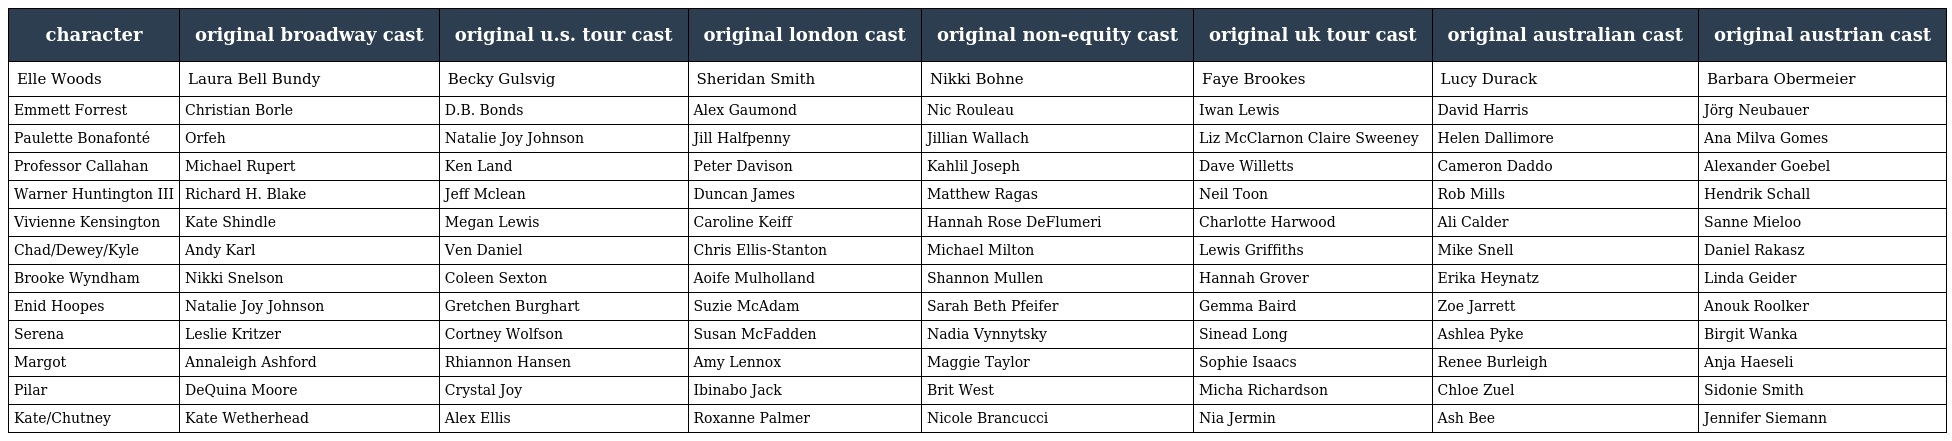
| character | original broadway cast | original u.s. tour cast | original london cast | original non-equity cast | original uk tour cast | original australian cast | original austrian cast |
 | --- | --- | --- | --- | --- | --- | --- | --- |
 | Elle Woods | Laura Bell Bundy | Becky Gulsvig | Sheridan Smith | Nikki Bohne | Faye Brookes | Lucy Durack | Barbara Obermeier |
 | Emmett Forrest | Christian Borle | D.B. Bonds | Alex Gaumond | Nic Rouleau | Iwan Lewis | David Harris | Jörg Neubauer |
 | Paulette Bonafonté | Orfeh | Natalie Joy Johnson | Jill Halfpenny | Jillian Wallach | Liz McClarnon Claire Sweeney | Helen Dallimore | Ana Milva Gomes |
 | Professor Callahan | Michael Rupert | Ken Land | Peter Davison | Kahlil Joseph | Dave Willetts | Cameron Daddo | Alexander Goebel |
 | Warner Huntington III | Richard H. Blake | Jeff Mclean | Duncan James | Matthew Ragas | Neil Toon | Rob Mills | Hendrik Schall |
 | Vivienne Kensington | Kate Shindle | Megan Lewis | Caroline Keiff | Hannah Rose DeFlumeri | Charlotte Harwood | Ali Calder | Sanne Mieloo |
 | Chad/Dewey/Kyle | Andy Karl | Ven Daniel | Chris Ellis-Stanton | Michael Milton | Lewis Griffiths | Mike Snell | Daniel Rakasz |
 | Brooke Wyndham | Nikki Snelson | Coleen Sexton | Aoife Mulholland | Shannon Mullen | Hannah Grover | Erika Heynatz | Linda Geider |
 | Enid Hoopes | Natalie Joy Johnson | Gretchen Burghart | Suzie McAdam | Sarah Beth Pfeifer | Gemma Baird | Zoe Jarrett | Anouk Roolker |
 | Serena | Leslie Kritzer | Cortney Wolfson | Susan McFadden | Nadia Vynnytsky | Sinead Long | Ashlea Pyke | Birgit Wanka |
 | Margot | Annaleigh Ashford | Rhiannon Hansen | Amy Lennox | Maggie Taylor | Sophie Isaacs | Renee Burleigh | Anja Haeseli |
 | Pilar | DeQuina Moore | Crystal Joy | Ibinabo Jack | Brit West | Micha Richardson | Chloe Zuel | Sidonie Smith |
 | Kate/Chutney | Kate Wetherhead | Alex Ellis | Roxanne Palmer | Nicole Brancucci | Nia Jermin | Ash Bee | Jennifer Siemann |